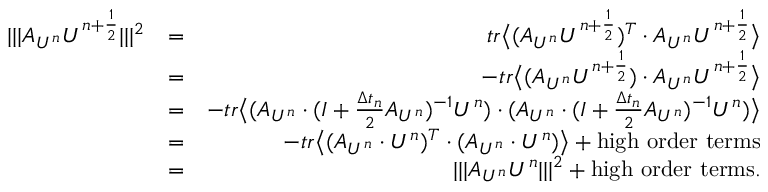
\begin{array} { r l r } { \lvert \lvert \lvert A _ { U ^ { n } } U ^ { n + \frac { 1 } { 2 } } \rvert \rvert \lvert ^ { 2 } } & { = } & { t r \big \langle ( A _ { U ^ { n } } U ^ { n + \frac { 1 } { 2 } } ) ^ { T } \cdot A _ { U ^ { n } } U ^ { n + \frac { 1 } { 2 } } \big \rangle } \\ & { = } & { - t r \big \langle ( A _ { U ^ { n } } U ^ { n + \frac { 1 } { 2 } } ) \cdot A _ { U ^ { n } } U ^ { n + \frac { 1 } { 2 } } \big \rangle } \\ & { = } & { - t r \big \langle ( A _ { U ^ { n } } \cdot ( I + \frac { \Delta t _ { n } } { 2 } A _ { U ^ { n } } ) ^ { - 1 } U ^ { n } ) \cdot ( A _ { U ^ { n } } \cdot ( I + \frac { \Delta t _ { n } } { 2 } A _ { U ^ { n } } ) ^ { - 1 } U ^ { n } ) \big \rangle } \\ & { = } & { - t r \big \langle ( A _ { U ^ { n } } \cdot U ^ { n } ) ^ { T } \cdot ( A _ { U ^ { n } } \cdot U ^ { n } ) \big \rangle + \mathrm { h i g h ~ o r d e r ~ t e r m s } } \\ & { = } & { \lvert \lvert \lvert A _ { U ^ { n } } U ^ { n } \rvert \rvert \rvert ^ { 2 } + \mathrm { h i g h ~ o r d e r ~ t e r m s } . } \end{array}